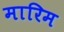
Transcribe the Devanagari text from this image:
मारिम